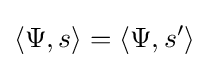
\langle \Psi ,s\rangle =\langle \Psi ,s'\rangle